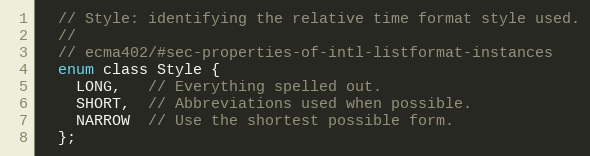
Language: C
  // Style: identifying the relative time format style used.
  //
  // ecma402/#sec-properties-of-intl-listformat-instances
  enum class Style {
    LONG,   // Everything spelled out.
    SHORT,  // Abbreviations used when possible.
    NARROW  // Use the shortest possible form.
  };